Vaccination in Bombay 1913-1923 - 1913-1923
Year: 1913
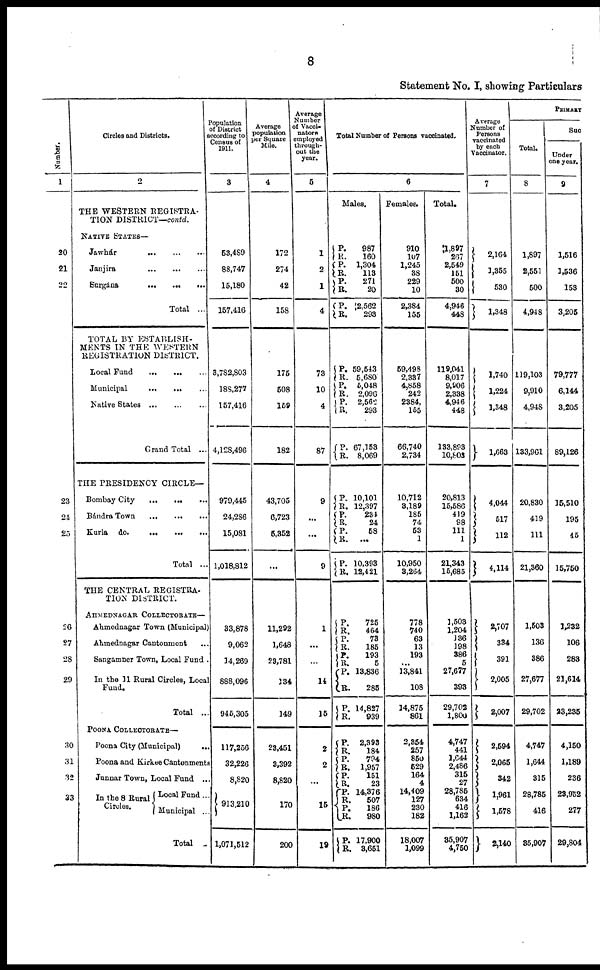
8
Statement No. I, showing Particulars
Number.
1
20
21
22
23
24
25
26
27
28
29
30
31
32
33
Circles and Districts.
2
THE WESTERN REGISTRA-
TION DISTRICT—contd.
NATIVE STATES—
Jawhár
...
...
...
Janjira
...
...
...
Surgána
...
...
...
Total ...
TOTAL BY ESTABLISH-
MENTS IN THE WESTERN
REGISTRATION DISTRICT.
Local Fund
...
...
...
Municipal
...
...
...
Native States
...
...
...
Grand Total ...
THE PRESIDENCY CIRCLE—
Bombay City
...
... ...
Bándra Town
...
...
...
Kurla do.
...
...
...
Total ...
THE CENTRAL REGISTRA-
TION DISTRICT.
AHMEDNAGAR COLLECTORATE—
Ahmednagar Town (Municipal)
Ahmednagar Cantonment ...
Sangamner Town, Local Fund .
In the 11 Rural Circles, Local
Fund.
Total ...
POONA COLLECTORATE—
Poona City (Municipal)
Poona and Kirkee Cantonments
Junnar Town, Local Fund ...
In the 8 Rural
Circles.
Local Fund...
Municipal ...
Total ..
Population
of District
according to
Census of
1911.
3
53,489
88,747
15,180
157,416
3,782,803
188,277
157,416
4,128,496
979,445
24,286
15,081
1,018,812
33,878
9,062
14,269
888,096
945,305
117,256
32,226
8,820
913,210
1,071,512
Average
population 1
per Square
Mile.
4
172
274
42
158
175
508
159
182
43,705
6,723
5,352
...
11,292
1,648
23,781
134
149
23,451
3,326
8,820
170
200
Average
Number
of Vacci¬
nators
employed
through¬
out the
year.
5
1
2
1
4
73
10
4
87
9
...
...
9
1
...
...
14
15
2
2
...
15
19
Total Number of Persons vaccinated.
6
Males.
P.
R.
P.
R.
P.
R.
P.
R.
987
160
1,304
113
271
20
2,562
293
P.
R.
P.
R.
P.
R.
P.
R.
59,543
5,680
5,048
2,096
2,562
293
67,153
8,069
P.
R.
P.
R.
P.
R.
P.
R.
10,101
12,397
234
24
58
...
10,393
12,421
P.
R.
P.
R.
P.
R.
P.
R.
P.
R.
725
464
73
185
193
5
13,836
285
14,827
939
P.
R.
P.
R.
P.
R.
P.
R.
P.
R.
P.
R.
2,393
184
794
1,957
151
23
14,376
507
186
980
17,900
3,651
Females.
910
107
1,245
38
229
10
2,384
155
59,498
2,337
4,858
242
2384,
155
66,740
2,734
10,712
3,189
185
74
53
1
10,950
3,264
778
740
63
13
193
...
13,841
108
14,875
861
2,354
257
850
529
164
4
14,409
127
230
182
18,007
1,099
Average
Number of
Persons
by each
Vaccinator.
7
Total.
1,897
267
2,549
151
500
30
4,946
448
119,041
8,017
9,906
2,338
4,946
448
133,893
10,803
20,813
15,586
419
98
111
1
21,343
15,685
1,503
1,204
136
198
386
5
27,677
393
29,702
1,800
4,747
441
1,644
2,486
315
27
28,785
634
416
1,162
35,907
4,750
2,164
1,355
530
1,348
1,740
1,224
1,348
1,663
4,044
517
112
4,114
2,707
334
391
2,005
2,007
2,594
2,065
342
1,961
1,578
2,140
PRIMARY
Total.
8
1,897
2,551
500
4,948
119,103
9,910
4,948
133,961
20,830
419
111
21,360
1,503
136
386
27,677
29,702
4,747
1,644
315
28,785
416
35,907
Suc
Under
one year.
9
1,516
1,536
153
3,205
79,777
6,144
3,205
89,126
16,510
195
45
15,750
1,232
106
283
21,614
23,235
4,150
1,189
236
23,952
277
29,804